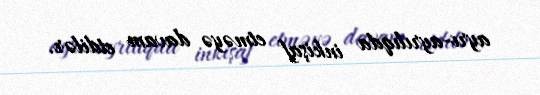
ayrı-ayrılıqda inkişaf etməyə davam etdilər.